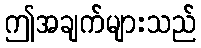
ဤအချက်များသည်